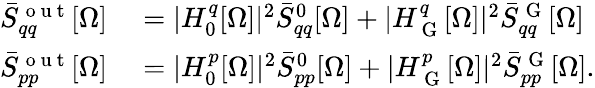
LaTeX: \begin{array}{rl}{\bar{S}_{qq}^{\mathrm{~o~u~t~}}[\Omega]}&{{}=|H_{0}^{q}[\Omega]|^{2}\bar{S}_{qq}^{0}[\Omega]+|H_{\mathrm{~G~}}^{q}[\Omega]|^{2}\bar{S}_{qq}^{\mathrm{~G~}}[\Omega]}\\ {\bar{S}_{pp}^{\mathrm{~o~u~t~}}[\Omega]}&{{}=|H_{0}^{p}[\Omega]|^{2}\bar{S}_{pp}^{0}[\Omega]+|H_{\mathrm{~G~}}^{p}[\Omega]|^{2}\bar{S}_{pp}^{\mathrm{~G~}}[\Omega].}\end{array}